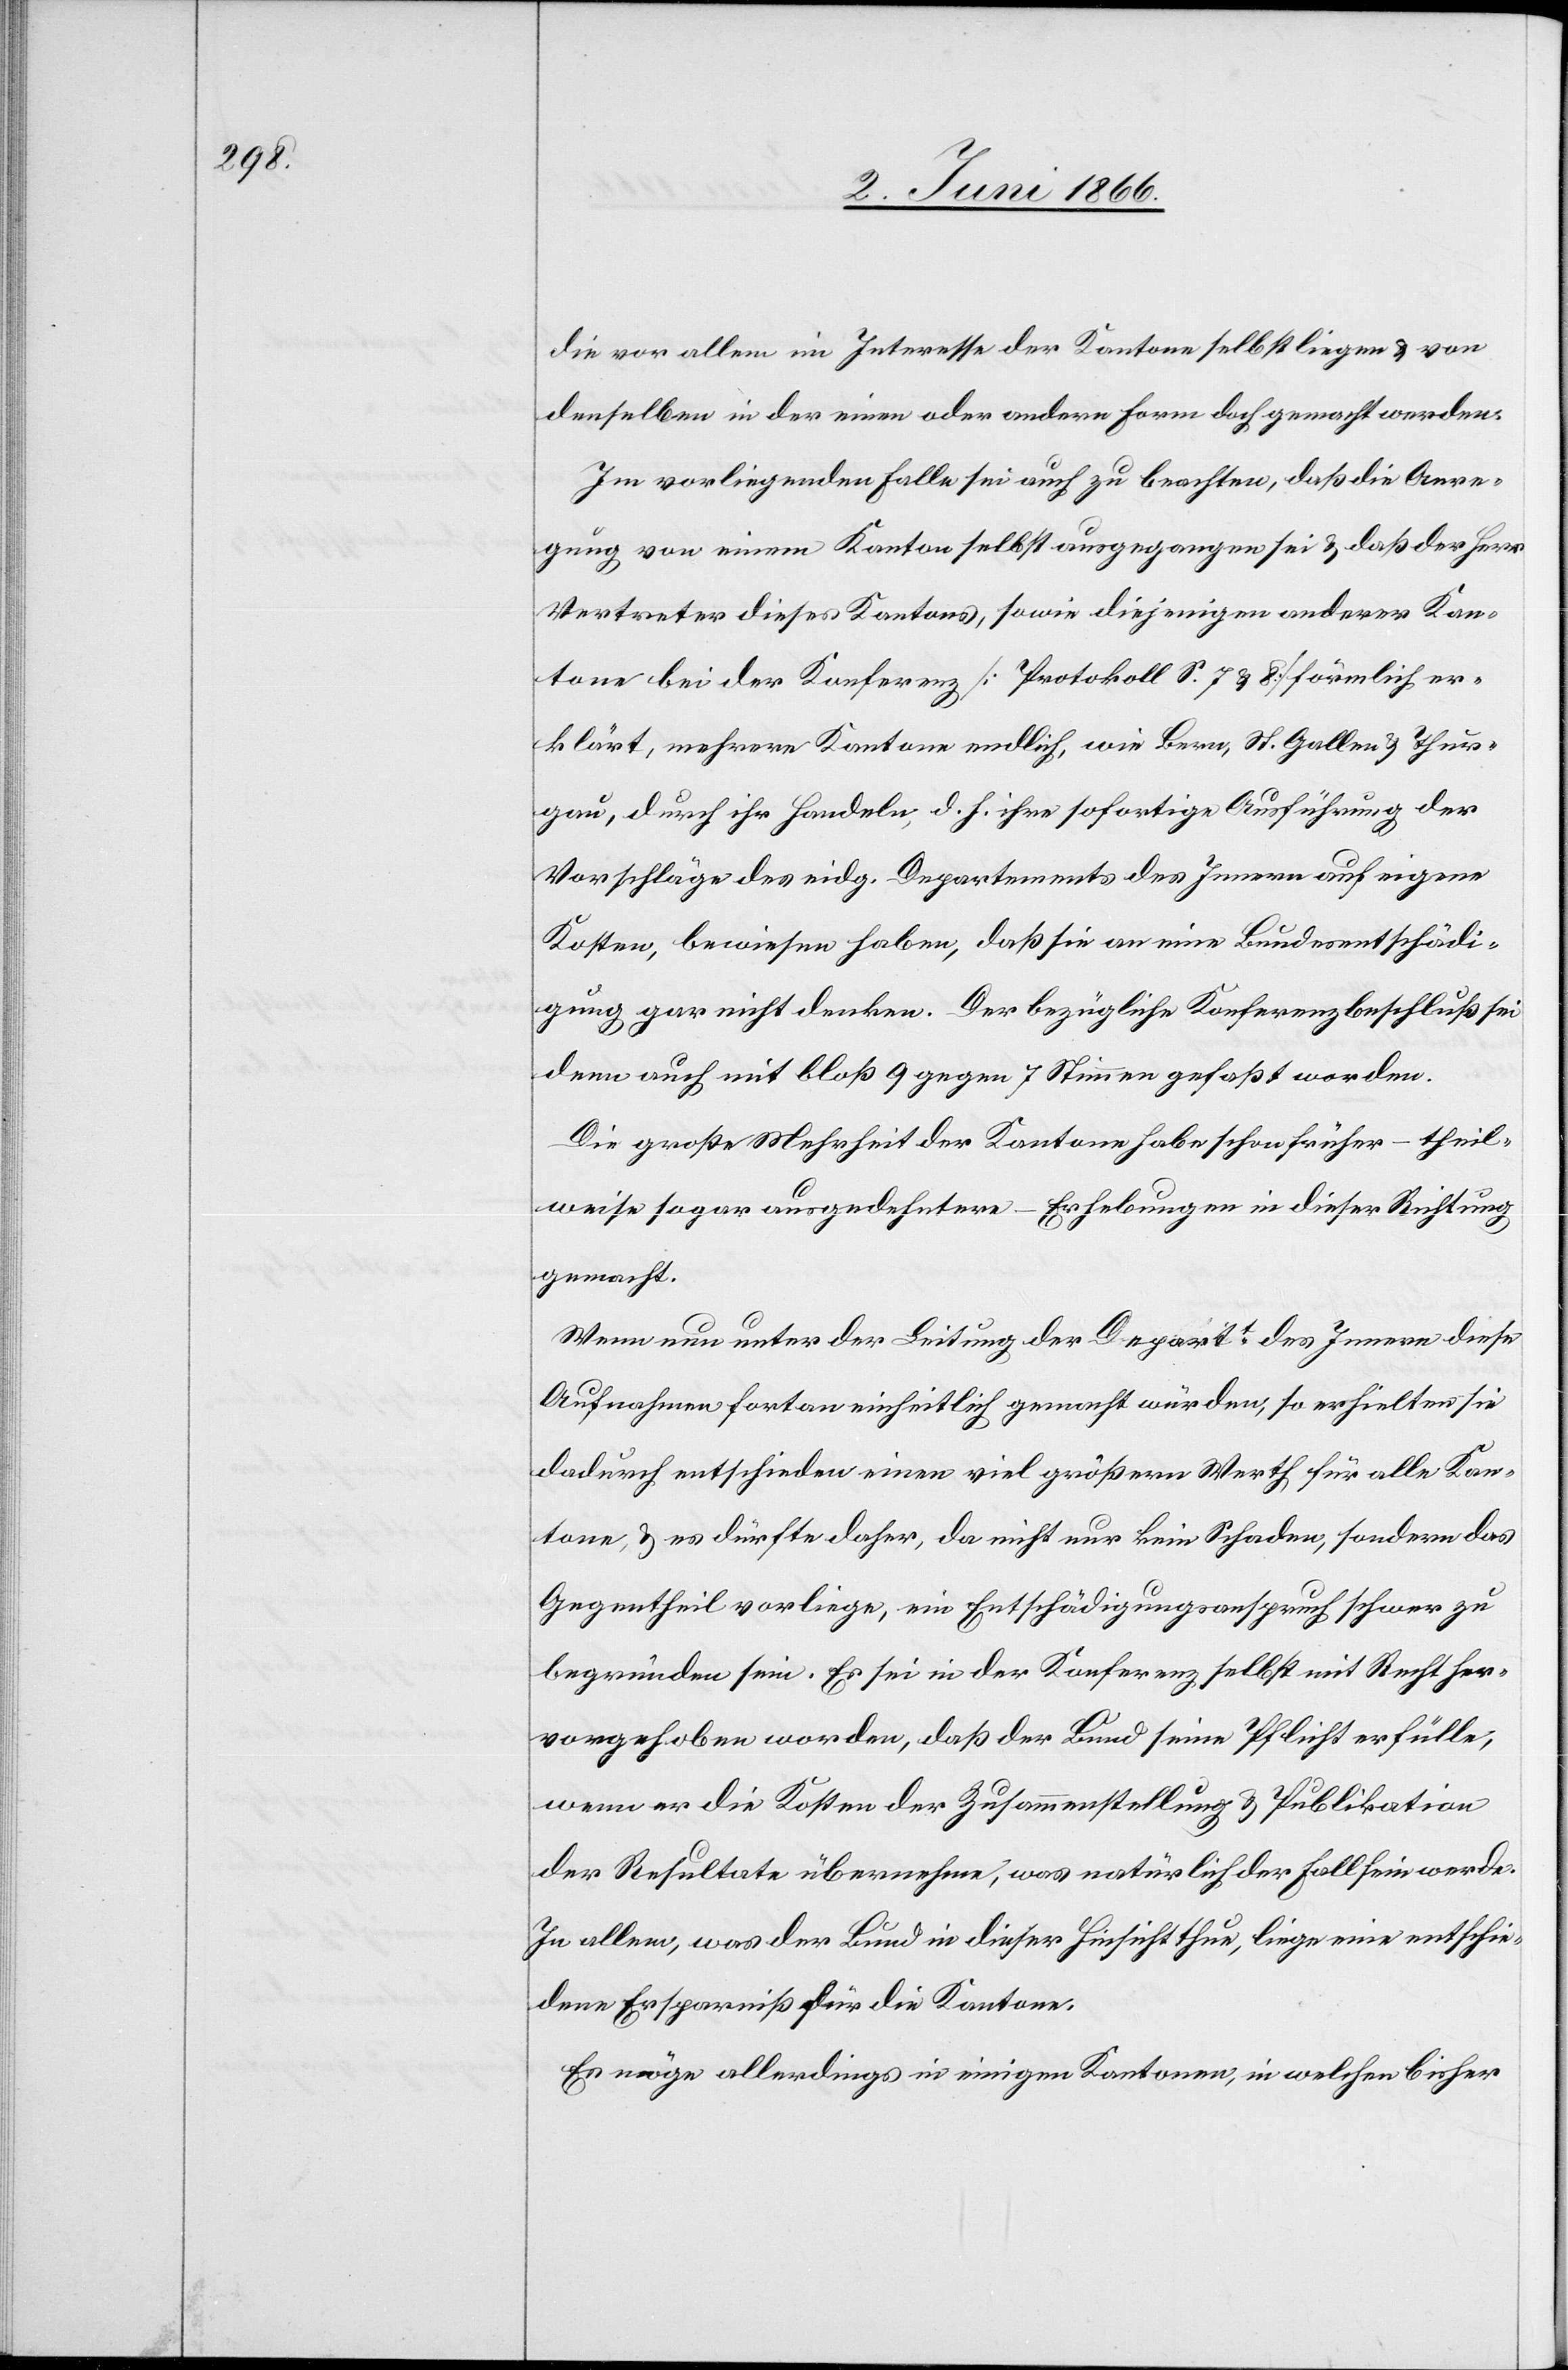
die vor allem im Interesse der Kantone selbst liegen u. von
denselben in der einen oder andern Form doch gemacht werden.
Im vorliegenden Falle sei auch zu beachten, daß die Anre¬
gung von einem Kanton selbst ausgegangen sei u. daß der Herr
Vertreter dieses Kantons, sowie diejenigen anderer Kan¬
tone bei der Konferenz [Protokoll S. 7 u. 8] förmlich er¬
klärt, mehrere Kantone endlich, wie Bern, St. Gallen u. Thur¬
gau, durch ihr Handeln, d. h. ihre sofortige Ausführung der
Vorschläge des eidg. Departementes des Innern auf eigene
Kosten, bewiesen haben, daß sie an eine Bundesentschädi¬
gung gar nicht denken. Der bezügliche Konferenzbeschluß sei
denn auch mit bloß 9 gegen 7 Stimmen gefaßt worden.
Die große Mehrheit der Kantone habe schon früher – theil¬
weise sogar ausgedehntere – Erhebungen in dieser Richtung
gemacht.
Wenn nun unter der Leitung der [recte: des] Departt. des
Aufnahme fortan einheitlich gemacht würden, so erhielten sie
dadurch entschieden einen viel größern Werth für alle Kan¬
tone, u. es dürfte daher, da nicht nur kein Schaden, sondern das
Gegentheil vorliege, ein Entschädigungsanspruch schwer zu
begründen sein. Es sei in der Konferenz selbst mit Recht her¬
vorgehoben worden, daß der Bund seine Pflicht erfülle,
wenn er die Kosten der Zusammenstellung u. Publikation
der Resultate übernehme, was natürlich der Fall sein werde.
In allem, was der Bund in dieser Hinsicht thue, liege eine entschie¬
dene Ersparniß für die Kantone.
Es möge allerdings in einigen Kantonen, in welchen bisher